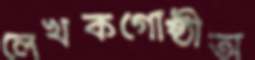
লেখকগোষ্ঠীঅ